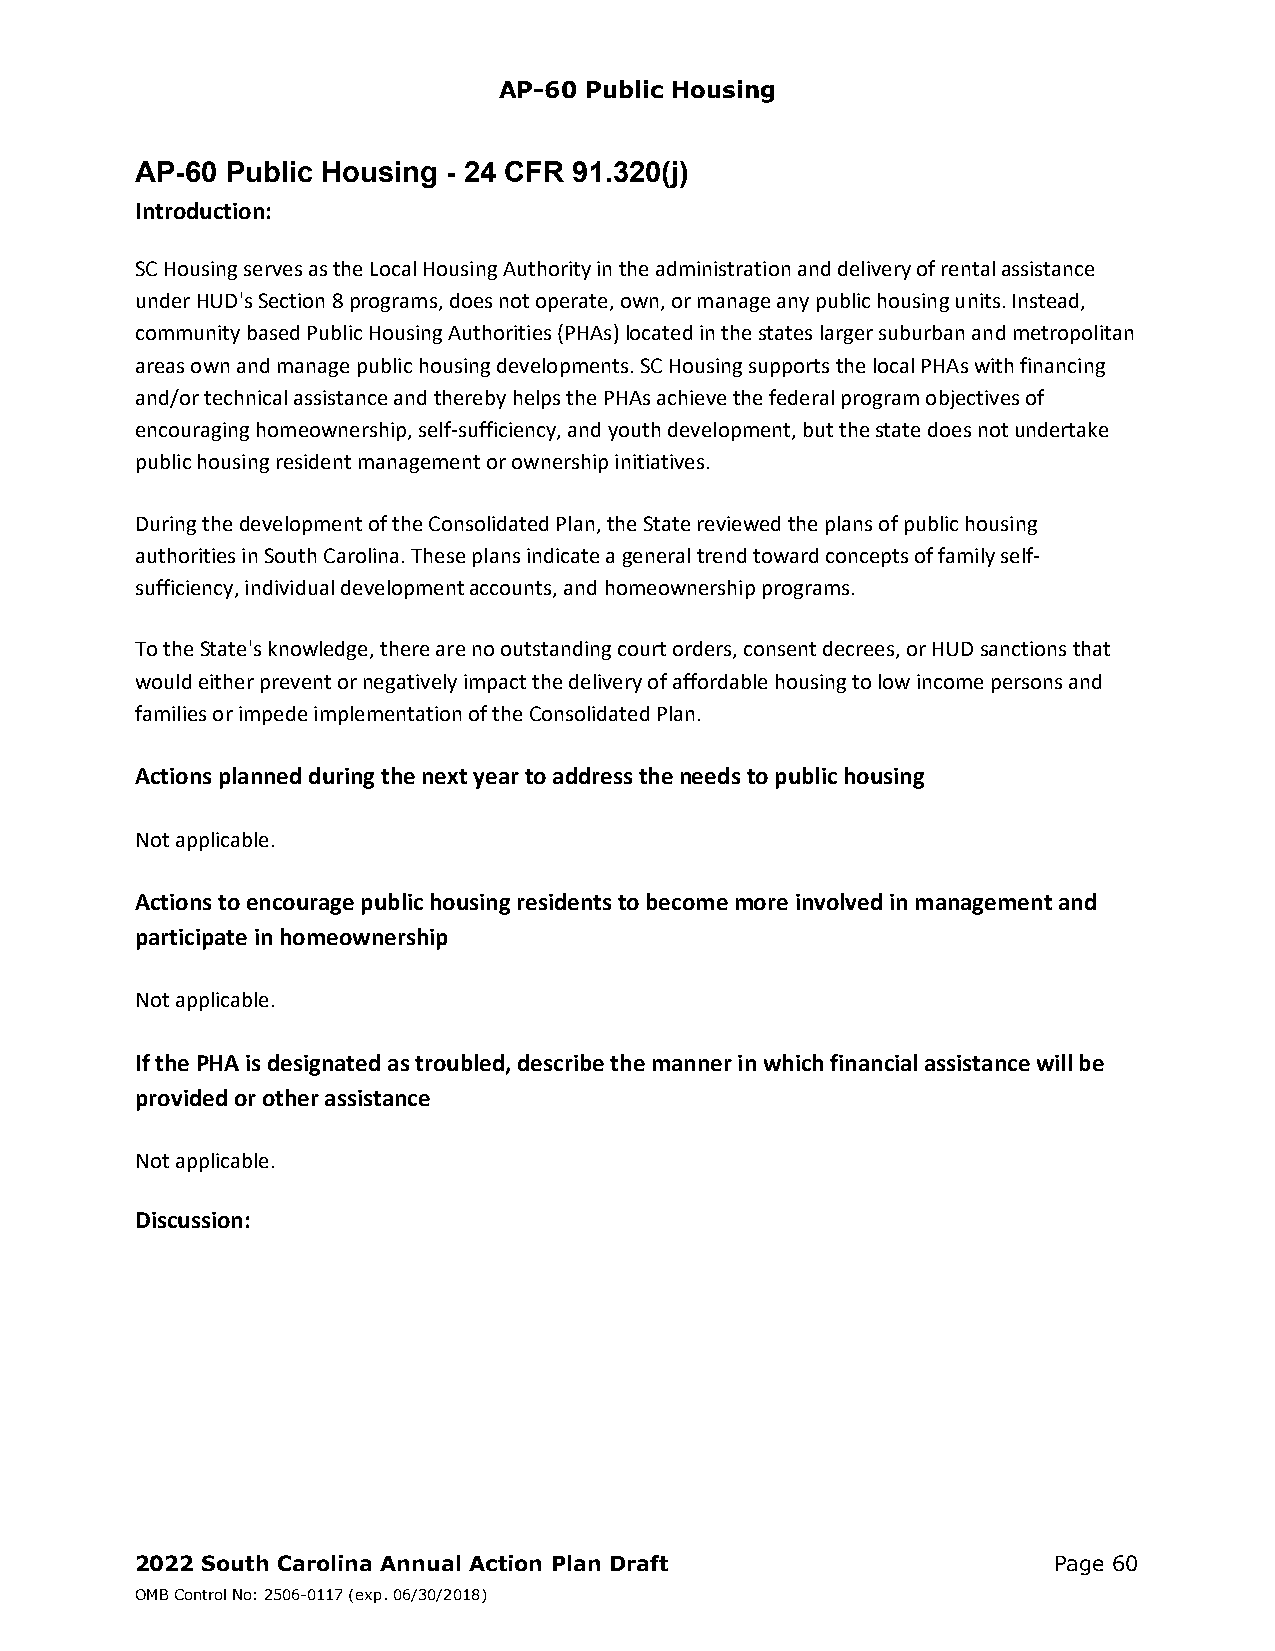
AP-60 Public Housing
 AP-60 Public Housing - 24 CFR 91.320(j)
 Introduction:
 SC Housing serves as the Local Housing Authority in the administration and delivery of rental assistance
 under HUD's Section 8 programs, does not operate, own, or manage any public housing units. Instead,
 community based Public Housing Authorities (PHAs) located in the states larger suburban and metropolitan
 areas own and manage public housing developments. SC Housing supports the local PHAs with financing
 and/or technical assistance and thereby helps the PHAs achieve the federal program objectives of
 encouraging homeownership, self‐sufficiency, and youth development, but the state does not undertake
 public housing resident management or ownership initiatives.
 During the development of the Consolidated Plan, the State reviewed the plans of public housing
 authorities in South Carolina. These plans indicate a general trend toward concepts of family self‐
 sufficiency, individual development accounts, and homeownership programs.
 To the State's knowledge, there are no outstanding court orders, consent decrees, or HUD sanctions that
 would either prevent or negatively impact the delivery of affordable housing to low income persons and
 families or impede implementation of the Consolidated Plan.
 Actions planned during the next year to address the needs to public housing
 Not applicable.
 Actions to encourage public housing residents to become more involved in management and
 participate in homeownership
 Not applicable.
 If the PHA is designated as troubled, describe the manner in which financial assistance will be
 provided or other assistance
 Not applicable.
 Discussion:
 2022 South Carolina Annual Action Plan Draft                 Page 60
 OMB Control No: 2506-0117 (exp. 06/30/2018)